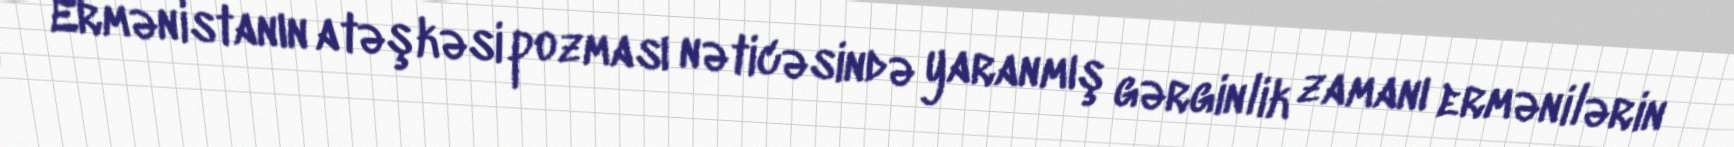
Ermənistanın atəşkəsi pozması nəticəsində yaranmış gərginlik zamanı ermənilərin